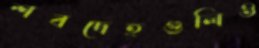
শবদেহগুলিও